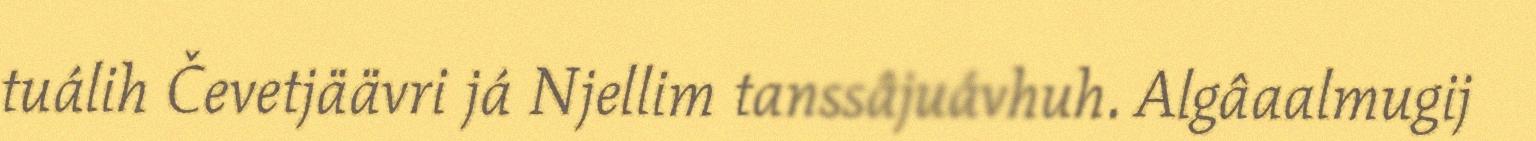
tuálih Čevetjäävri já Njellim tanssâjuávhuh. Algâaalmugij